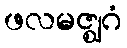
ဖလမဇ္ဈဂံ